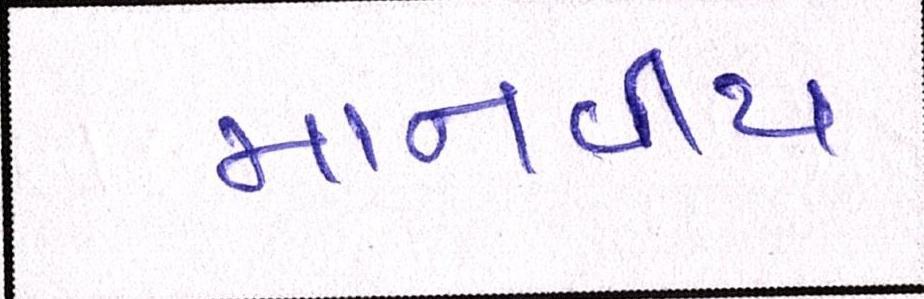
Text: માનવીય